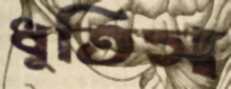
ধুতিস